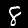
Digit: 8